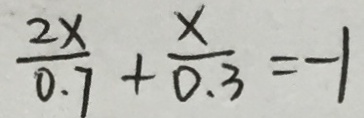
\frac { 2 x } { 0 . 7 } + \frac { x } { 0 . 3 } = - 1